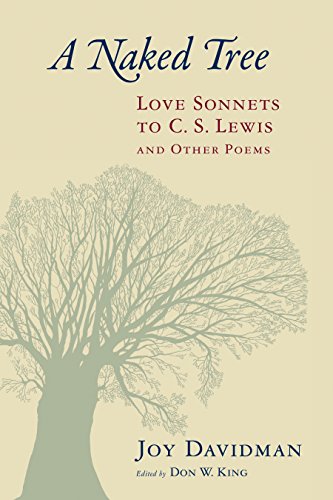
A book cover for A Naked Tree: Love Sonnets to C. S. Lewis and Other Poems; Joy Davidman; Literature & Fiction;